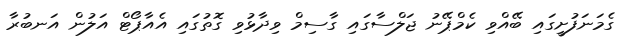
ގެމަނަފުށީގައި ބޭއްވި ކެމްޕޭނު ޖަލްސާގައި ގާސިމް ވިދާޅުވި ގޮތުގައި އެއާޕޯޓް އަލުން އަނބުރާ